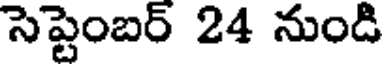
సెప్టెంబర్ 24 నుండి